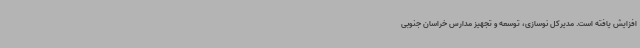
افزایش یافته است. مدیرکل نوسازی، توسعه و تجهیز مدارس خراسان جنوبی